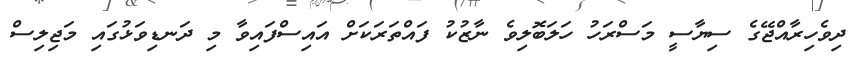
ދިވެހިރާއްޖޭގެ ސިޔާސީ މަސްރަހު ހަލަބޮލިވެ ނާޒުކު ފައްތަރަކަށް އައިސްފައިވާ މި ދަނޑިވަޅުގައި މަޖިލިސް